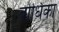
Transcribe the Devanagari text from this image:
बोधिका